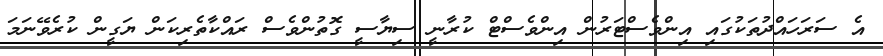
އެ ސަރަހައްދުތަކުގައި އިންވެސްޓަރުން އިންވެސްޓް ކުރާނީ ސިޔާސީ ގޮތުންވެސް ރައްކާތެރިކަން ޔަގީން ކުރެވޭނަމަ